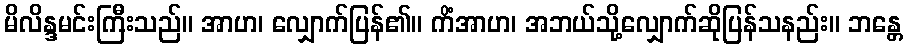
မိလိန္ဒမင်းကြီးသည်။ အာဟ၊ လျှောက်ပြန်၏။ ကိံအာဟ၊ အဘယ်သို့လျှောက်ဆိုပြန်သနည်း။ ဘန္တေ